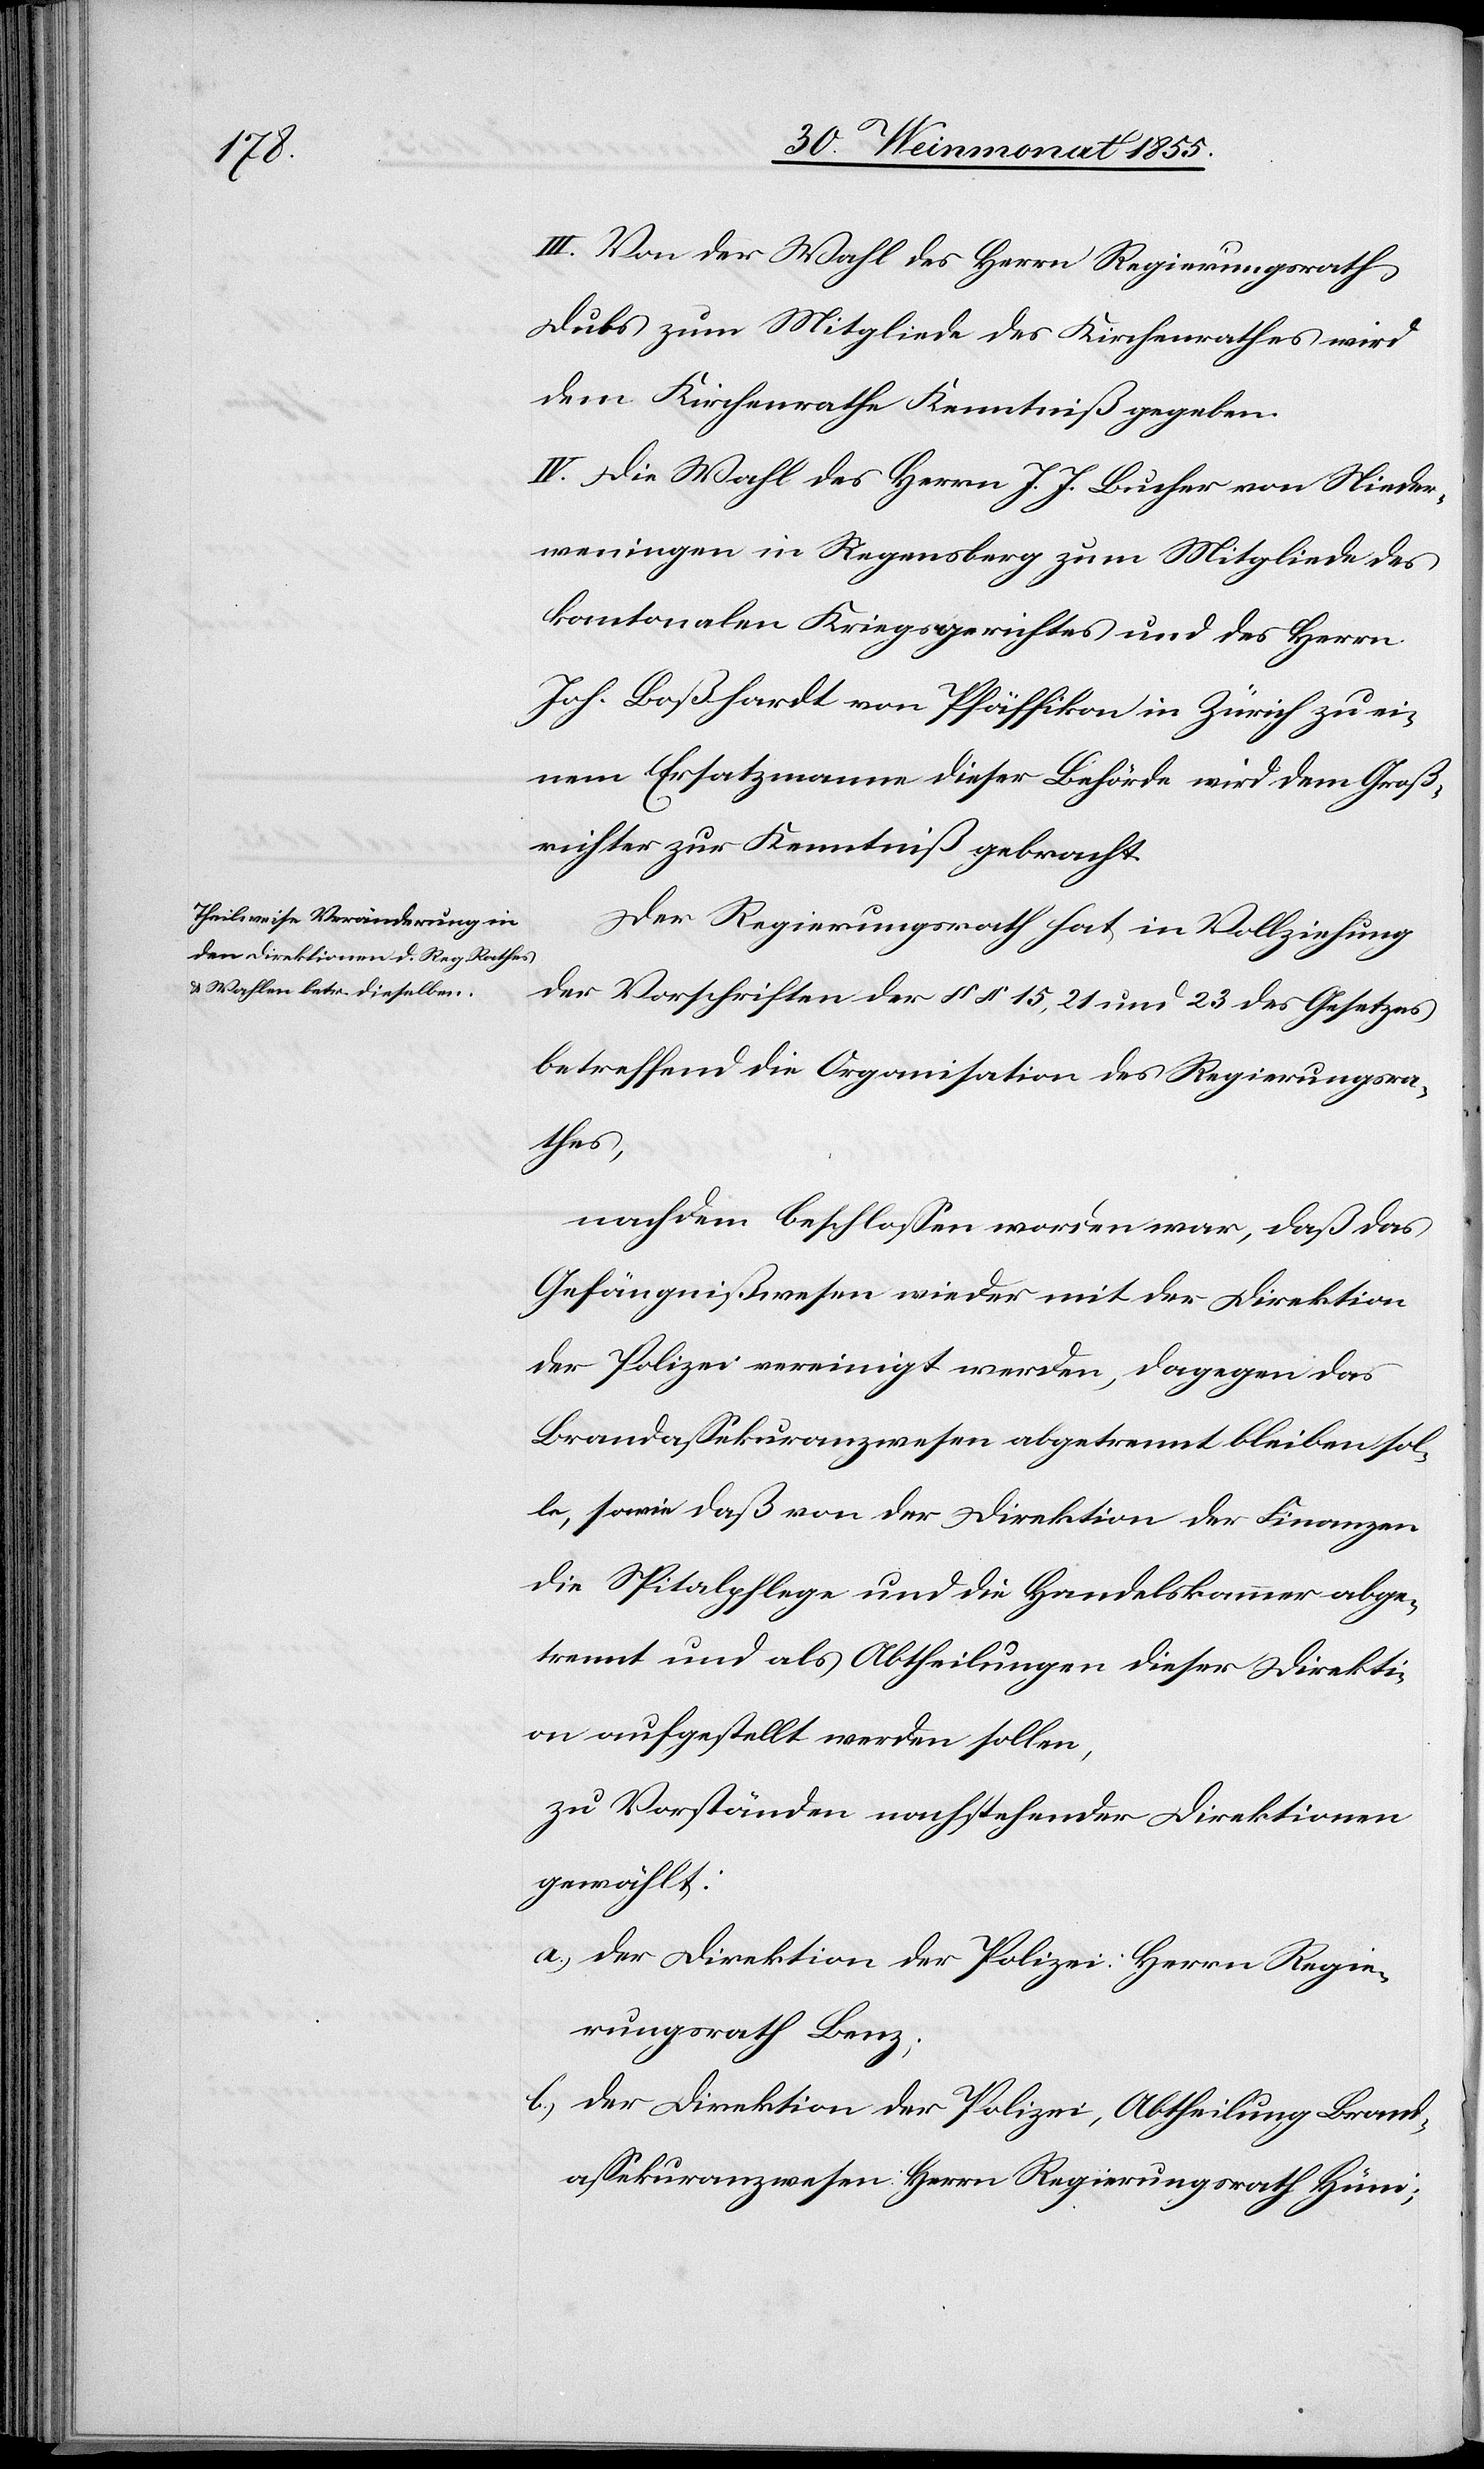
III. Von der Wahl des Herrn Regierungsrath
Dubs zum Mitgliede des Kirchenrathes wird
dem Kirchenrathe Kenntniß gegeben.
IV. Die Wahl des Herrn J. J. Bucher von Nieder¬
weningen in Regensberg zum Mitgliede des
kantonalen Kriegsgerichtes und des Herrn
Joh. Boßhardt von Pfäffikon in Zürich zu ei¬
nem Ersatzmanne dieser Behörde wird dem Groß¬
richter zur Kenntniß gebracht.
Der Regierungsrath hat in Vollziehung
der Vorschriften der §§ 15, 21 und 23 des Gesetzes
betreffend die Organisation des Regierungsra¬
thes,
nachdem beschlossen worden war, daß das
Gefängnißwesen wieder mit der Direktion
der Polizei vereinigt werden, dagegen das
Brandassekuranzwesen abgetrennt bleiben sol¬
le, sowie daß von der Direktion der Finanzen
die Spitalpflege und die Handelskammer abge¬
trennt und als Abtheilungen dieser Direkti¬
on aufgestellt werden sollen,
zu Vorständen nachstehender Direktionen
gewählt:
der Direktion der Polizei: Herrn Regie¬
rungsrath Benz;
der Direktion der Polizei, Abtheilung Brand¬
assekuranzwesen: Herrn Regierungsrath Hüni;